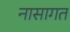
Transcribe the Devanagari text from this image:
नासागत